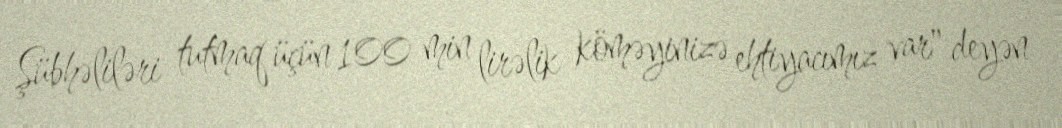
Şübhəliləri tutmaq üçün 100 min lirəlik köməyinizə ehtiyacımız var" deyən